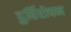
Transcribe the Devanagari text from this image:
दुर्विरोचन